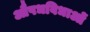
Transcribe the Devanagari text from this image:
औषधविधाओं